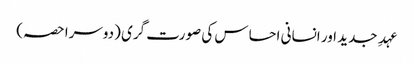
عہدِ جدید اور انسانی احساس کی صورت گری (دوسرا حصہ)